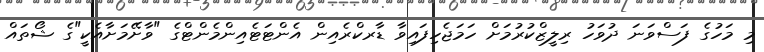
މި މަހުގެ ފަސްވަނަ ދުވަހު ރިލީޒްކުރުމަށް ހަމަޖެހިފައިވާ ޑާރކްރެއިން އެންޓަޓެއިންމެންޓްގެ "ވާށޭމަށާއެކީ"ގެ ޝޯތައް